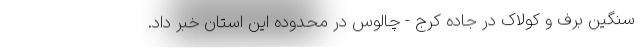
سنگین برف و کولاک در جاده کرج - چالوس در محدوده این استان خبر داد.